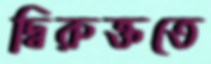
দ্বিরুক্ততে